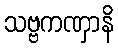
သဗ္ဗကဏှာနိ